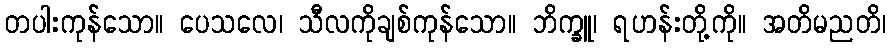
တပါးကုန်သော။ ပေသလေ၊ သီလကိုချစ်ကုန်သော။ ဘိက္ခူ၊ ရဟန်းတို့ကို။ အတိမညတိ၊